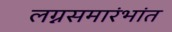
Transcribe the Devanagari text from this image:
लग्नसमारंभांत